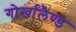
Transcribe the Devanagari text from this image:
गोर्खालैण्ड